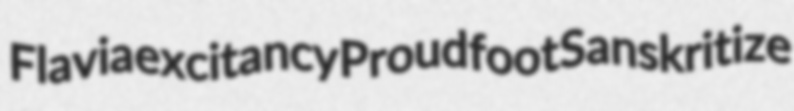
Flavia excitancy Proudfoot Sanskritize